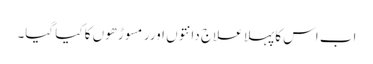
اب اس کا پہلا علاج دانتوں اورر مسوڑھوں کا کیا گیا۔